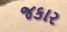
જકાર